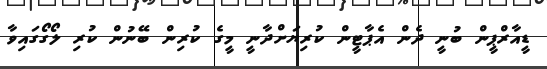
ޑީއާރްޕީން ބުނީ ދެން އެޕާޓީން ކުރިޔަށްދާނީ މީގެ ކުރިން ބޭނުން ކުރި ލޯގޯގައިވާ